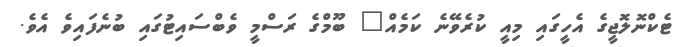
ޓެކްނޮލޮޖީގެ އެހީގައި މިއީ ކުރެވޭނެ ކަމެއް" ބޫމްގެ ރަސްމީ ވެބްސައިޓުގައި ބުނެފައިވެ އެވެ.